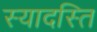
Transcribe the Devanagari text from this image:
स्यादस्ति